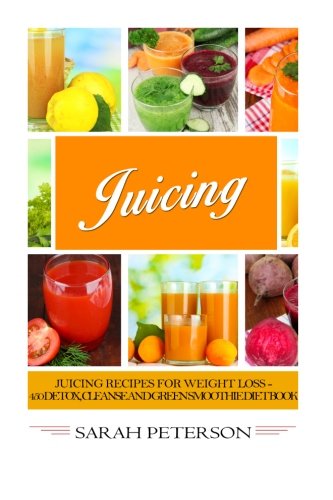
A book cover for Juicing:  Juicing Recipes for Weight Loss - 400 Detox, Cleanse and Green Smoothie Diet Book; Sarah Peterson; Cookbooks, Food & Wine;